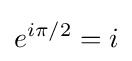
e^{i\pi /2}=i